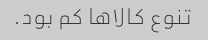
تنوع کالاها کم بود.